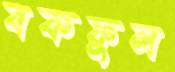
বকফুল